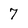
Character: 7